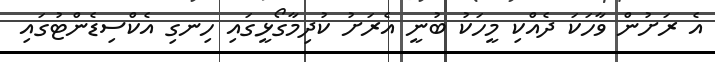
އެ ރަށުން ވާހަކަ ދެއްކި މީހަކު ބުނީ އެރަށު ކުދިމާގޯޅީގައި ހިނގި އެކްސިޑެންޓުގައި